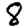
Digit: 8